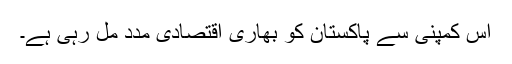
اس کمپنی سے پاکستان کو بھاری اقتصادی مدد مل رہی ہے۔